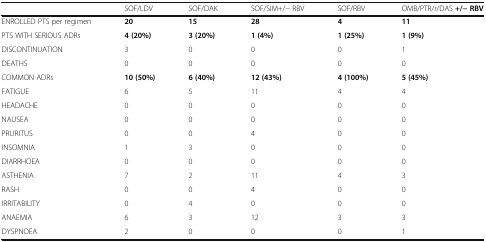
|  | SOF/LDV | SOF/DAK | SOF/SIM+/− RBV | SOF/RBV | OMB/PTR/r/DAS +/− RBV |
 | --- | --- | --- | --- | --- | --- |
 | ENROLLED PTS per regimen | 20 | 15 | 28 | 4 | 11 |
 | PTS WITH SERIOUS ADRs | 4 (20%) | 3 (20%) | 1 (4%) | 1 (25%) | 1 (9%) |
 | DISCONTINUATION | 3 | 0 | 0 | 0 | 1 |
 | DEATHS | 0 | 0 | 0 | 0 | 0 |
 | COMMON ADRs | 10 (50%) | 6 (40%) | 12 (43%) | 4 (100%) | 5 (45%) |
 | FATIGUE | 6 | 5 | 11 | 4 | 4 |
 | HEADACHE | 0 | 0 | 0 | 0 | 0 |
 | NAUSEA | 0 | 0 | 0 | 0 | 0 |
 | PRURITUS | 0 | 0 | 4 | 0 | 0 |
 | INSOMNIA | 1 | 3 | 0 | 0 | 0 |
 | DIARRHOEA | 0 | 0 | 0 | 0 | 0 |
 | ASTHENIA | 7 | 2 | 11 | 4 | 3 |
 | RASH | 0 | 0 | 4 | 0 | 0 |
 | IRRITABILITY | 0 | 4 | 0 | 0 | 0 |
 | ANAEMIA | 6 | 3 | 12 | 3 | 3 |
 | DYSPNOEA | 2 | 0 | 0 | 0 | 1 |